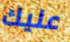
عليك